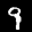
Digit: 9